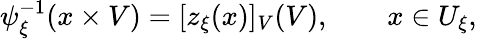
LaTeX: \psi_{\xi}^{-1}(x\times V)=[z_{\xi}(x)]_{V}(V),\qquad x\in U_{\xi},